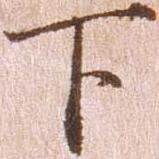
下